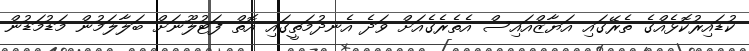
ކުޑައިރުކޮޅެއްގެ ތެރޭގައި އަޔާޒްއައިސް އެތެރެގެއަށް ވަދެ އެނދުމަތީގައި އޮތް ފަޓުލޫނަށް ބަލާލަމުން މަޑުމަޑުން